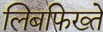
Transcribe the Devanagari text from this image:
लिबफिख्ते